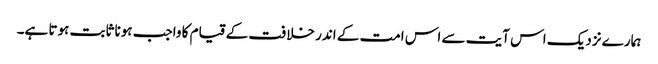
ہمارے نزدیک اس آیت سے اس امت کے اندر خلافت کے قیام کا واجب ہونا ثابت ہوتا ہے۔